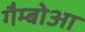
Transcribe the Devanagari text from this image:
गैम्बोआ